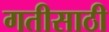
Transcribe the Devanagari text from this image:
गतीसाठी